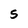
Character: S